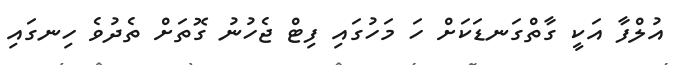
އުލްފާ އަކީ ގާތްގަނޑަކަށް ހަ މަހުގައި ފިޓް ޖެހުނު ގޮތަށް ތެދުވެ ހިނގައި